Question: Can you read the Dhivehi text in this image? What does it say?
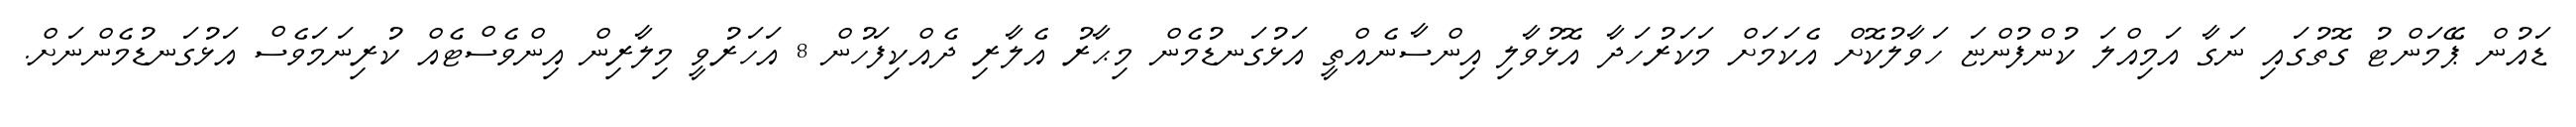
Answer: ޑައުން ޕޭމަންޓު ގޮތުގައި ނަގާ އަމިއްލަ ކުންފުންޏަ ހަވާލުކޮށް އެކަމަށް މަކަރުހަދާ އޮޅުވާލި އިންސާނެއްތީ އަޅުގަނޑުމެން މިޙާރު އެލާރި ދެއްކިފަހުން 8 އަހަރުވީ މިލާރިން އިންވެސްޓެއް ކުރިނަމަވެސް އަޅުގަނޑުމެންނަށް.